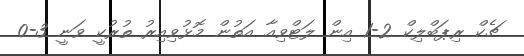
ޗެކް ރިޕަބްލިކް 2-1 އިން ލަޓްވިއާ އަތުން މޮޅުވިއިރު ތުރުކީ ވަނީ 3-0